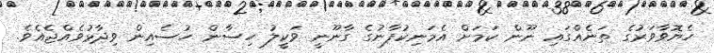
ހެޔޮވާވަރުގެ ތަނެއްގައި ނޫން ކަމަށް އެމަނިކުފާނުގެ ގާނޫނީ ވަކީލު ހިސާން ހުސެއިން ވިދާޅުވެއްޖެއެވެ.